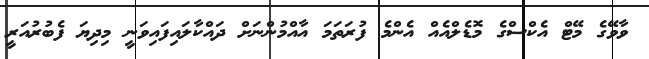
ވާވޭގެ މޭޓް އެކްސްގެ މޮޑެލްއެއް އެންމެ ފުރަތަމަ އާއްމުންނަށް ދައްކާލައިފައިވަނީ މިދިޔަ ފެބުރުއަރީ